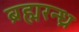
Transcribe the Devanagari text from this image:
ब्रह्मरन्ध्र